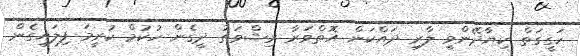
ހަގީގަތް ކިޔާދޭންވީ ލާރި ދައްކަން އޮތްވަރާ ރިޝްވަތު ދީގެން ހުކުމް ކުރީމަ ފިލައިގެން